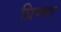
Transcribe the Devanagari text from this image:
प्रिज्मा